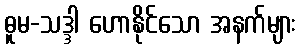
ဓူမ-သဒ္ဒါ ဟောနိုင်သော အနက်များ